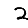
Digit: 2